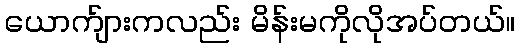
ယောက်ျားကလည်း မိန်းမကိုလိုအပ်တယ်။